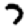
Digit: 7